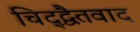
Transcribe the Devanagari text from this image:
चिद्द्वैतवाद